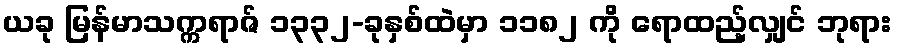
ယခု မြန်မာသက္ကရာဇ် ၁၃၃၂-ခုနှစ်ထဲမှာ ၁၁၈၂ ကို ရောထည့်လျှင် ဘုရား